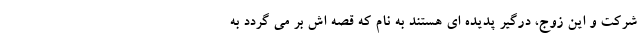
شرکت و این زوج، درگیر پدیده ای هستند به نام که قصه اش بر می گردد به